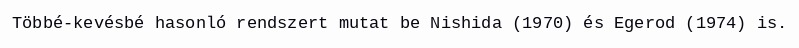
Többé-kevésbé hasonló rendszert mutat be Nishida (1970) és Egerod (1974) is.